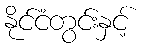
နိုင်ငံတွင်းနှင့်